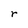
Character: r